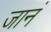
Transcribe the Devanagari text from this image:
जानं